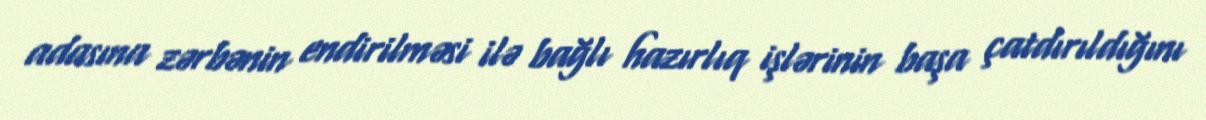
adasına zərbənin endirilməsi ilə bağlı hazırlıq işlərinin başa çatdırıldığını